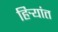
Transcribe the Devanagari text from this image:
हिर्‍यांत